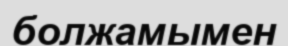
болжамымен